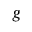
g